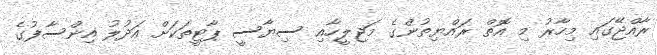
ރާއްޖޭގައި މިހާރު މި އޮތް ރައްޔިތުންގެ މަޖިލީހާއި ސިޔާސީ ޕާޓީތަކަށް އަދުލު އިންސާފުގެ